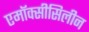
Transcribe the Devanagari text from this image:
एमॉक्सीसिलीन